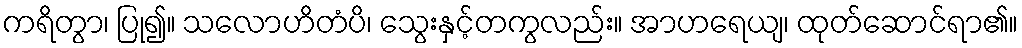
ကရိတွာ၊ ပြု၍။ သလောဟိတံပိ၊ သွေးနှင့်တကွလည်း။ အာဟရေယျ၊ ထုတ်ဆောင်ရာ၏။